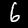
Label: 6